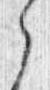
之